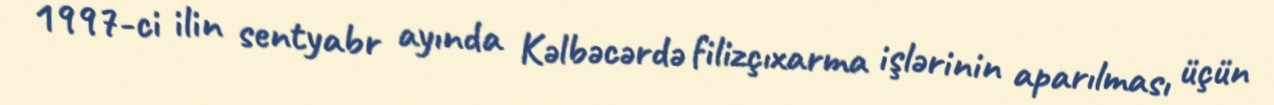
1997-ci ilin sentyabr ayında Kəlbəcərdə filizçıxarma işlərinin aparılması üçün